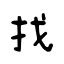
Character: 找